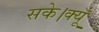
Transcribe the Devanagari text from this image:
सके।क्यूँ